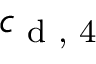
c _ { \textup { d , 4 } }